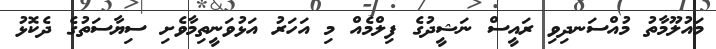
މައުލޫމާތު މުއްސަނދިވި ރައީސް ނަޝީދުގެ ފިލްމެއް މި އަހަރު އަޅުވަނީތިމާވެށި ސިޔާސަތުގެ ދެކޮޅު